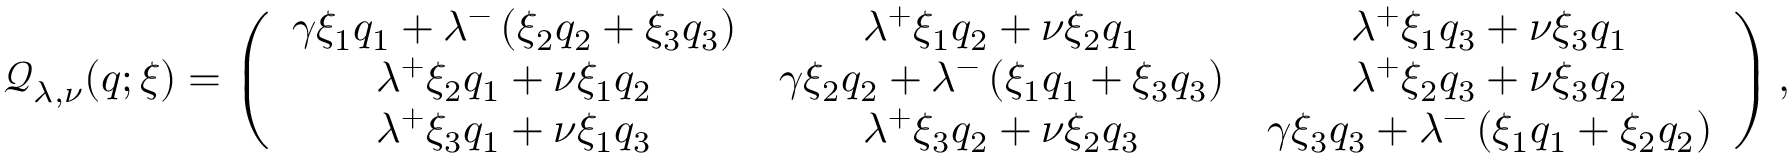
\mathcal { Q } _ { \lambda , \nu } ( q ; \xi ) = \left( \begin{array} { c c c } { \gamma \xi _ { 1 } q _ { 1 } + \lambda ^ { - } \left( \xi _ { 2 } q _ { 2 } + \xi _ { 3 } q _ { 3 } \right) } & { \lambda ^ { + } \xi _ { 1 } q _ { 2 } + \nu \xi _ { 2 } q _ { 1 } } & { \lambda ^ { + } \xi _ { 1 } q _ { 3 } + \nu \xi _ { 3 } q _ { 1 } } \\ { \lambda ^ { + } \xi _ { 2 } q _ { 1 } + \nu \xi _ { 1 } q _ { 2 } } & { \gamma \xi _ { 2 } q _ { 2 } + \lambda ^ { - } \left( \xi _ { 1 } q _ { 1 } + \xi _ { 3 } q _ { 3 } \right) } & { \lambda ^ { + } \xi _ { 2 } q _ { 3 } + \nu \xi _ { 3 } q _ { 2 } } \\ { \lambda ^ { + } \xi _ { 3 } q _ { 1 } + \nu \xi _ { 1 } q _ { 3 } } & { \lambda ^ { + } \xi _ { 3 } q _ { 2 } + \nu \xi _ { 2 } q _ { 3 } } & { \gamma \xi _ { 3 } q _ { 3 } + \lambda ^ { - } \left( \xi _ { 1 } q _ { 1 } + \xi _ { 2 } q _ { 2 } \right) } \end{array} \right) ,